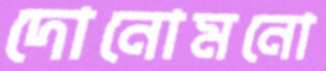
দোনোমনো